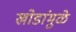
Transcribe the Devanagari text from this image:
खोडांमुळे